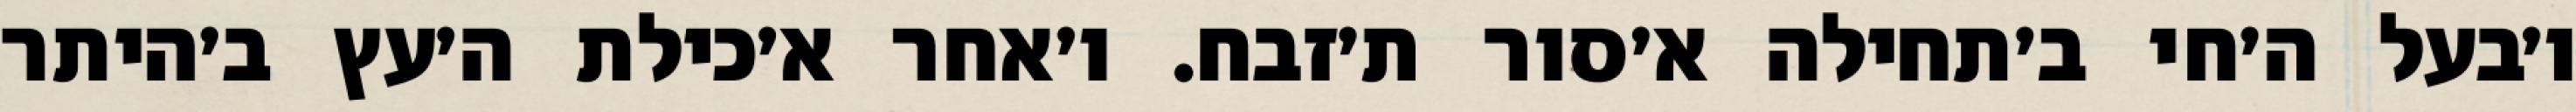
ו׳בעל ה׳חי ב׳תחילה א׳סור ת׳זבח. ו׳אחר א׳כילת ה׳עץ ב׳היתר